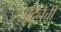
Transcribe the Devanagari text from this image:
उदिनेची